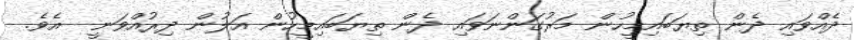
ދެއްވައި ދެން ތިޔަބައިމީހުން މަރުގަންނަވައި ދެން ތިޔަބައިމީހުން އަލުން ދިރުއްވަނީ  އެވެ.